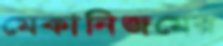
মেকানিজমের